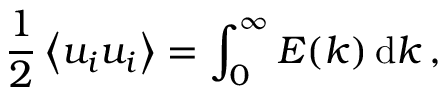
{ \frac { 1 } { 2 } } \left\langle u _ { i } u _ { i } \right\rangle = \int _ { 0 } ^ { \infty } E ( k ) \, \mathrm { d } k \, ,